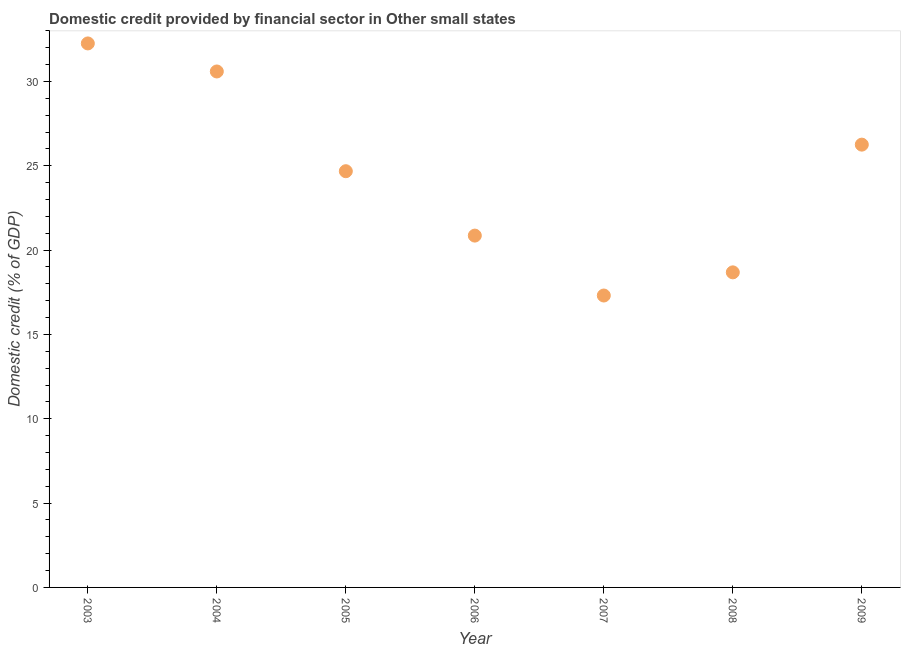
| Year | Domestic credit provided by financial sector |
 | --- | --- |
 | 2003 | 32.3 |
 | 2004 | 30.6 |
 | 2005 | 24.7 |
 | 2006 | 20.9 |
 | 2007 | 17.3 |
 | 2008 | 18.7 |
 | 2009 | 26.3 |